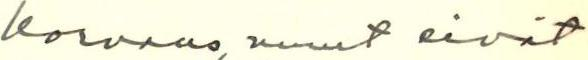
korvaus, muut eivät